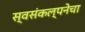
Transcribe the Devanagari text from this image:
स्वसंकल्पनेचा